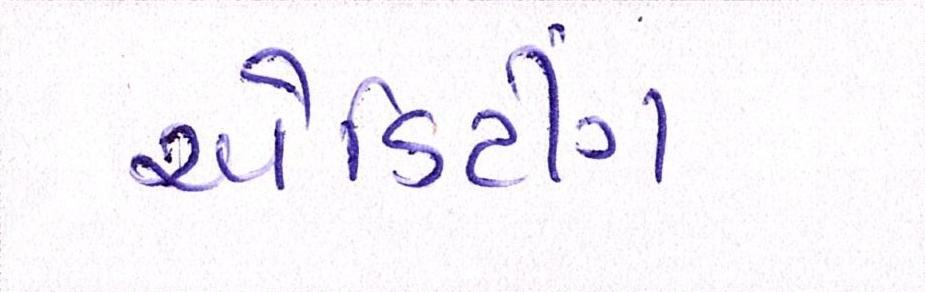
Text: એડિટીંગ